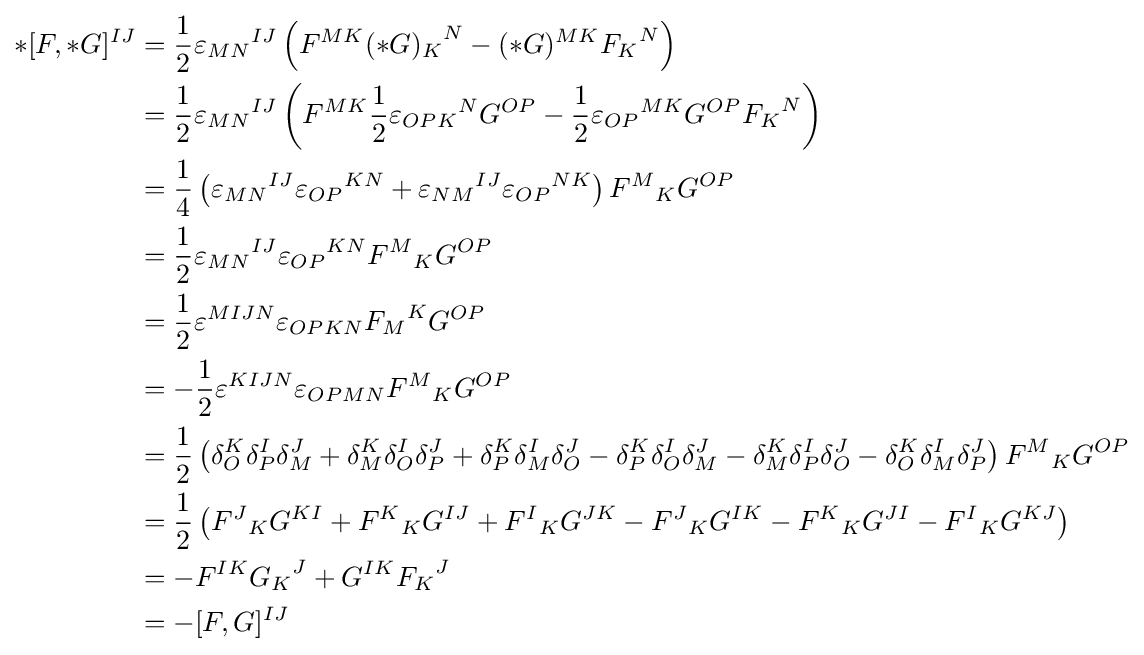
{\begin{aligned}*[F,*G]^{IJ}&={\frac {1}{2}}{\varepsilon _{MN}}^{IJ}\left(F^{MK}{(*G)_{K}}^{N}-(*G)^{MK}{F_{K}}^{N}\right)\\&={\frac {1}{2}}{\varepsilon _{MN}}^{IJ}\left(F^{MK}{\frac {1}{2}}{\varepsilon _{OPK}}^{N}G^{OP}-{\frac {1}{2}}{\varepsilon _{OP}}^{MK}G^{OP}{F_{K}}^{N}\right)\\&={1 \over 4}\left({\varepsilon _{MN}}^{IJ}{\varepsilon _{OP}}^{KN}+{\varepsilon _{NM}}^{IJ}{\varepsilon _{OP}}^{NK}\right){F^{M}}_{K}G^{OP}\\&={1 \over 2}{\varepsilon _{MN}}^{IJ}{\varepsilon _{OP}}^{KN}{F^{M}}_{K}G^{OP}\\&={1 \over 2}\varepsilon ^{MIJN}\varepsilon _{OPKN}{F_{M}}^{K}G^{OP}\\&=-{\frac {1}{2}}\varepsilon ^{KIJN}\varepsilon _{OPMN}{F^{M}}_{K}G^{OP}\\&={\frac {1}{2}}\left(\delta _{O}^{K}\delta _{P}^{I}\delta _{M}^{J}+\delta _{M}^{K}\delta _{O}^{I}\delta _{P}^{J}+\delta _{P}^{K}\delta _{M}^{I}\delta _{O}^{J}-\delta _{P}^{K}\delta _{O}^{I}\delta _{M}^{J}-\delta _{M}^{K}\delta _{P}^{I}\delta _{O}^{J}-\delta _{O}^{K}\delta _{M}^{I}\delta _{P}^{J}\right){F^{M}}_{K}G^{OP}\\&={\frac {1}{2}}\left({F^{J}}_{K}G^{KI}+{F^{K}}_{K}G^{IJ}+{F^{I}}_{K}G^{JK}-{F^{J}}_{K}G^{IK}-{F^{K}}_{K}G^{JI}-{F^{I}}_{K}G^{KJ}\right)\\&=-F^{IK}{G_{K}}^{J}+G^{IK}{F_{K}}^{J}\\&=-[F,G]^{IJ}\end{aligned}}